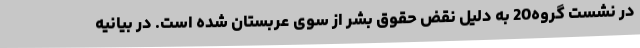
در نشست گروه20 به دلیل نقض حقوق بشر از سوی عربستان شده است. در بیانیه